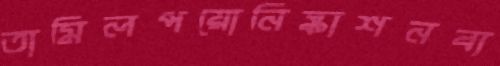
তামিলপয়োনিষ্কাশনব্য